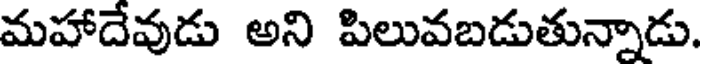
మహాదేవుడు అని పిలువబడుతున్నాడు.